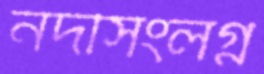
নদীসংলগ্ন